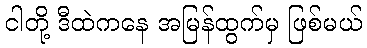
ငါတို့ ဒီထဲကနေ အမြန်ထွက်မှ ဖြစ်မယ်